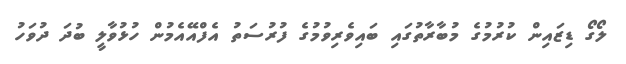
ލޯގޯ ޑިޒައިން ކުރުމުގެ މުބާރާތުގައި ބައިވެރިވުމުގެ ފުރުސަތު އެފްއޭއެމުން ހުޅުވާލީ ބުދަ ދުވަހު